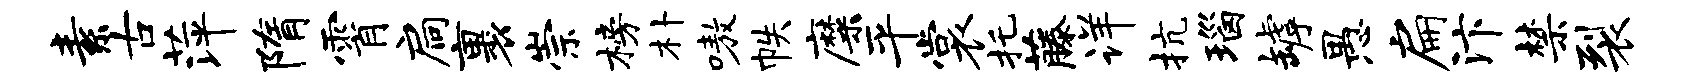
素古萍隋霄扃裹崇榜朴嗷帙靡平裳托藤详抗瑙罅愚扁汴禁裂